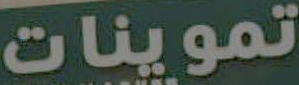
تموينات